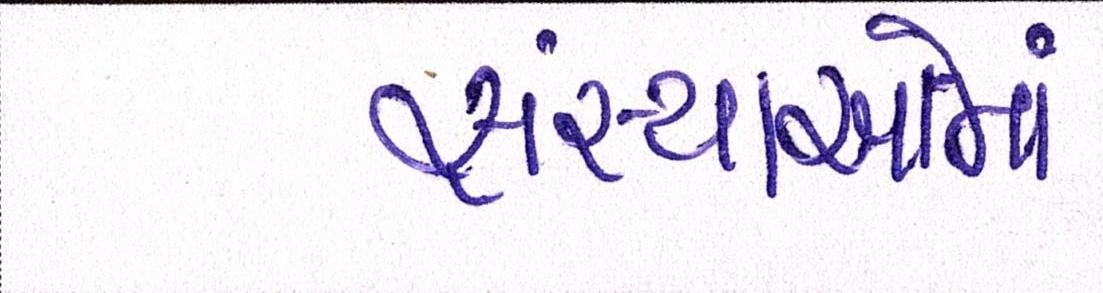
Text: સંસ્થાઓમાં